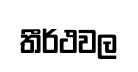
තීර්ථවල